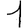
Digit: 1